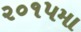
૨૦૧૫મા